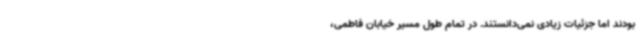
بودند اما جزئیات زیادی نمی‌دانستند. در تمام طول مسیر خیابان فاطمی،